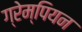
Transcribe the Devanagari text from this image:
ग्रेम्पियन